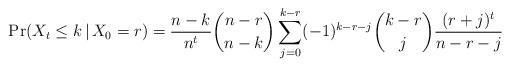
LaTeX: \begin{align*}\begin{aligned}\Pr(X_t \le k \,\vert\, X_0 = r) &= \frac{n-k}{n^t} \binom{n-r}{n-k} \sum_{j=0}^{k-r} (-1)^{k-r-j} \binom{k-r}{j} \frac{(r+j)^t}{n-r-j} \\ \end{aligned}\end{align*}